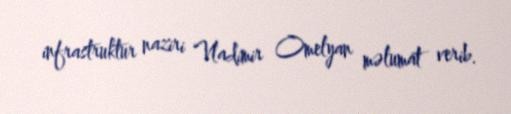
infrastruktur naziri Vladimir Omelyan məlumat verib.